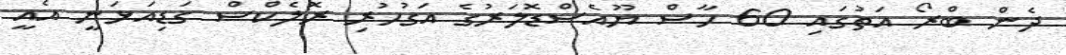
ދެން ބްރޯ އަތުގައި 60 ހާސް ޔޫއެސްޑޮލަރުގެ އަގުހުރި ރޮލެކްސް ގަޑިއަޅަނީ އެއީ